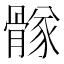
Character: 䯟